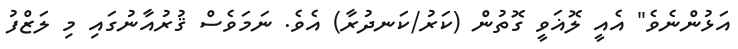
އަޅުންނެވެ" އެއީ ލޮޣަވީ ގޮތުން (ކަރު/ކަނދުރާ) އެވެ. ނަމަވެސް ޤުރުއާނުގައި މި ލަޒްފު